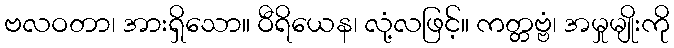
ဗလဝတာ၊ အားရှိသော။ ဝီရိယေန၊ လုံ့လဖြင့်။ ကတ္တဗ္ဗံ၊ အမှုမျိုးကို